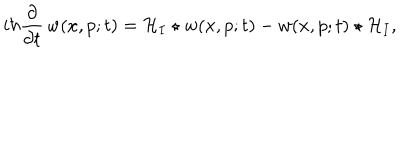
i \hbar \frac { \partial } { \partial t } \, w ( x , p ; t ) = { \cal H } _ { I } \star w ( x , p ; t ) - w ( x , p ; t ) \star { \cal H } _ { I } ,